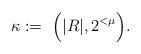
LaTeX: \begin{align*}\kappa:= \ \Big(|R|,2^{<\mu}\Big).\end{align*}